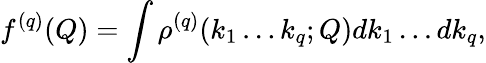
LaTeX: f^{(q)}(Q)=\int\rho^{(q)}(k_{1}\dots k_{q};Q)dk_{1}\dots dk_{q},